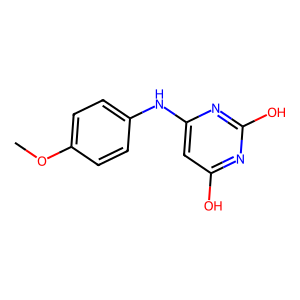
SMILES: COc1ccc(Nc2cc(O)nc(O)n2)cc1
Inhibits HIV replication: No